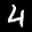
Label: 4